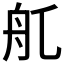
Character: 𦨊